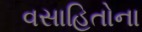
વસાહિતોના